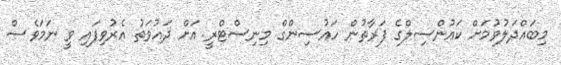
މިބައްދަލުވުމަށް ކައުންސިލްގެ ފަރާތުން ހައުސިންގް މިނިސްޓްރީ އަށް ދައުވަތު އެރުވިފައި ވީ ނަމަވެސް